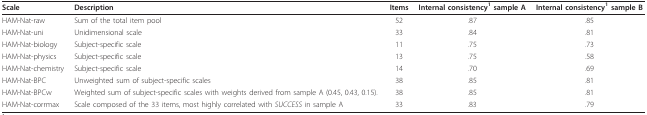
<table><thead><tr><td><b>Scale</b></td><td><b>Description</b></td><td><b>Items</b></td><td><b>Internal consistency<sup>1 </sup>sample A</b></td><td><b>Internal consistency<sup>1 </sup>sample B</b></td></tr></thead><tbody><tr><td>HAM-Nat-raw</td><td>Sum of the total item pool</td><td>52</td><td>.87</td><td>.85</td></tr><tr><td>HAM-Nat-uni</td><td>Unidimensional scale</td><td>33</td><td>.84</td><td>.81</td></tr><tr><td>HAM-Nat-biology</td><td>Subject-specific scale</td><td>11</td><td>.75</td><td>.73</td></tr><tr><td>HAM-Nat-physics</td><td>Subject-specific scale</td><td>13</td><td>.75</td><td>.58</td></tr><tr><td>HAM-Nat-chemistry</td><td>Subject-specific scale</td><td>14</td><td>.70</td><td>.69</td></tr><tr><td>HAM-Nat-BPC</td><td>Unweighted sum of subject-specific scales</td><td>38</td><td>.85</td><td>.81</td></tr><tr><td>HAM-Nat-BPCw</td><td>Weighted sum of subject-specific scales with weights derived from sample A (0.45, 0.43, 0.15).</td><td>38</td><td>.85</td><td>.81</td></tr><tr><td>HAM-Nat-corrmax</td><td>Scale composed of the 33 items, most highly correlated with <i>SUCCESS </i>in sample A</td><td>33</td><td>.83</td><td>.79</td></tr></tbody></table>